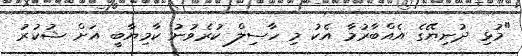
"މުޅި ދުނިޔޭގެ އެއްބާރުމާ އެކު މި ހާސިލް ކުރެވުނު ކާމިޔާބީ އަށް ޝުކުރު